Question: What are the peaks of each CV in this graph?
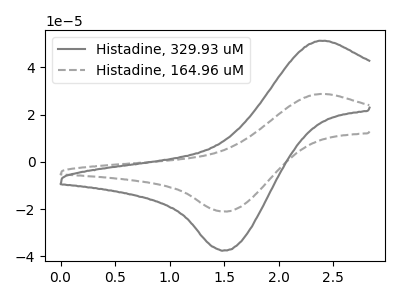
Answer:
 <answer>The gray curve "Histadine, 329.93 uM" has an anodic peak at (2.35V, 51.25uA) and a cathodic peak at (1.50V, -37.45uA). The gray dashed curve "Histadine, 164.96 uM" has an anodic peak at (2.35V, 28.70uA) and a cathodic peak at (1.50V, -21.00uA).</answer>
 <eval></eval>